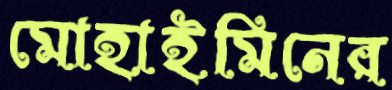
মোহাইমিনের